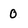
Character: 0